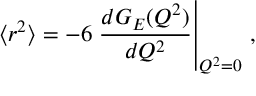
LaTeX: \langle r ^ { 2 } \rangle = - 6 \left. { \frac { d G _ { E } ( Q ^ { 2 } ) } { d Q ^ { 2 } } } \right| _ { Q ^ { 2 } = 0 } \, ,